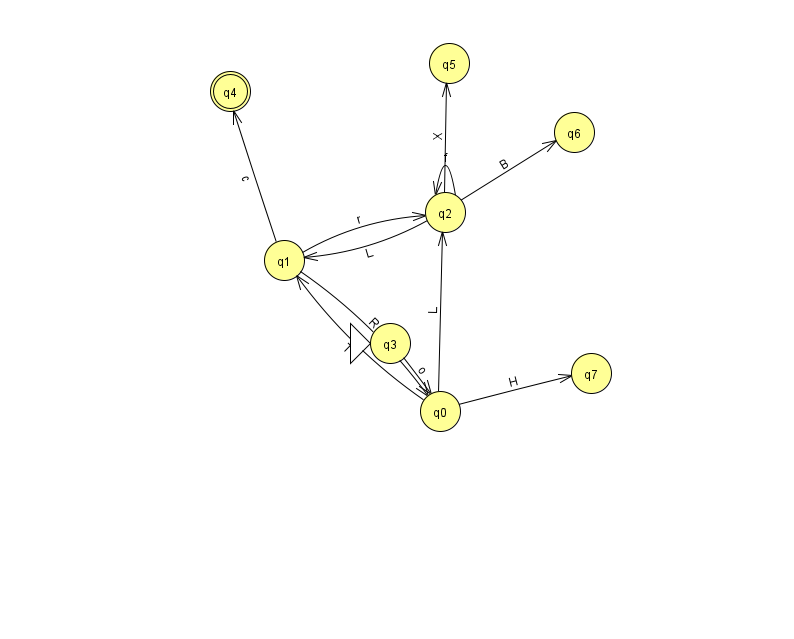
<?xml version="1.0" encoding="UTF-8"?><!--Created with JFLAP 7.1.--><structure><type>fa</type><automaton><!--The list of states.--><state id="0" name="q0"><x>440.0</x><y>398.0</y></state><state id="1" name="q1"><x>284.0</x><y>247.0</y></state><state id="2" name="q2"><x>445.0</x><y>199.0</y></state><state id="3" name="q3"><x>390.0</x><y>330.0</y><initial/></state><state id="4" name="q4"><x>230.0</x><y>78.0</y><final/></state><state id="5" name="q5"><x>449.0</x><y>50.0</y></state><state id="6" name="q6"><x>574.0</x><y>119.0</y></state><state id="7" name="q7"><x>591.0</x><y>360.0</y></state><!--The list of transitions.--><transition><from>3</from><to>0</to><read>o</read></transition><transition><from>0</from><to>1</to><read>T</read></transition><transition><from>0</from><to>2</to><read>L</read></transition><transition><from>0</from><to>7</to><read>H</read></transition><transition><from>1</from><to>4</to><read>c</read></transition><transition><from>1</from><to>0</to><read>R</read></transition><transition><from>2</from><to>1</to><read>L</read></transition><transition><from>2</from><to>2</to><read>f</read></transition><transition><from>2</from><to>5</to><read>X</read></transition><transition><from>1</from><to>2</to><read>r</read></transition><transition><from>2</from><to>6</to><read>B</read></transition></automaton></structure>